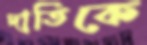
দাতিকে